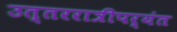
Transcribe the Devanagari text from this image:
उत्तररात्रीपर्यंत